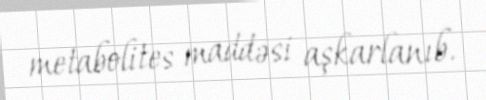
metabolites maddəsi aşkarlanıb.